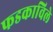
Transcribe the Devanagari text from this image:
फडकाविले